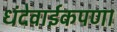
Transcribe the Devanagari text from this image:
धंदेवाईकपणा